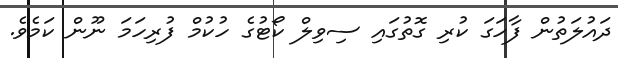
ދައުލަތުން ފާހަގަ ކުރި ގޮތުގައި ސިވިލް ކޯޓުގެ ހުކުމް ފުރިހަމަ ނޫން ކަމެވެ.